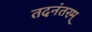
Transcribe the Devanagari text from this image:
तदनंतरम्